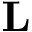
{ \bf L }